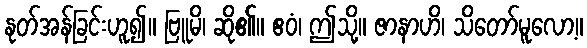
နုတ်အန်ခြင်းဟူ၍။ ဗြူမိ၊ ဆို၏။ ဧဝံ၊ ဤသို့။ ဇာနာဟိ၊ သိတော်မူလော့။